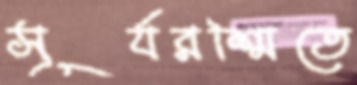
সূর্যরশ্মিতে